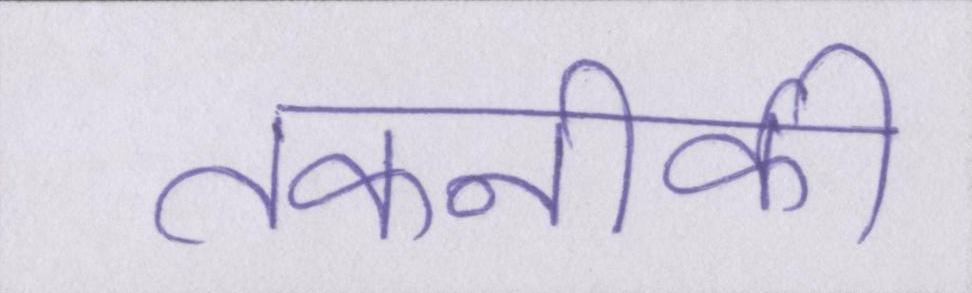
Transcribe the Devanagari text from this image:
तकनीकी